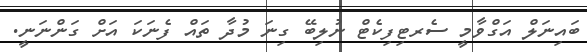
ބައިނަލް އަގްވާމީ ސެރޓިފިކެޓް ނުލިބޭ ގިނަ މުދާ ތައް ފެނަކަ އަށް ގަންނަނީ.